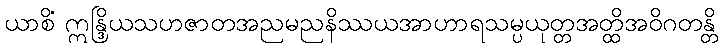
ယာစိံ ဣန္ဒြိယသဟဇာတအညမညနိဿယအာဟာရသမ္ပယုတ္တအတ္ထိအဝိဂတန္တိ